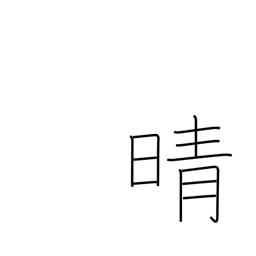
Meaning: clear up